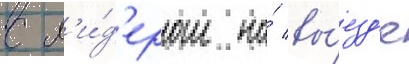
с л'и́д'ером на́ вы́езд'е